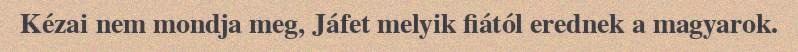
Kézai nem mondja meg, Jáfet melyik fiától erednek a magyarok.